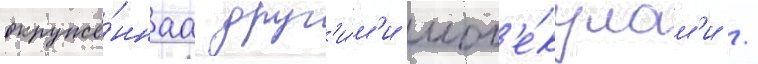
окружё́ннаа друг'и́м'и мол'е́кулам'и /